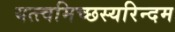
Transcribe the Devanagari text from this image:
यत्त्वमिच्छस्यरिन्दम